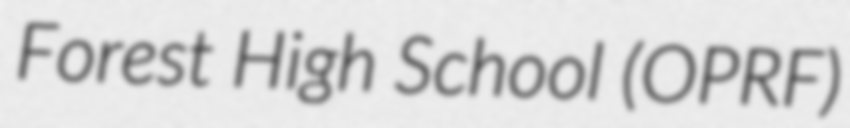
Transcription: Forest High School (OPRF)